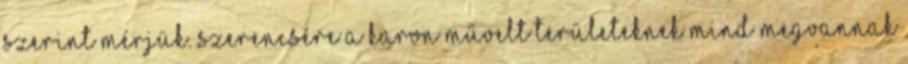
szerint mérjük. Szerencsére a karon művelt területeknek mind megvannak